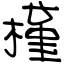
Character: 槿